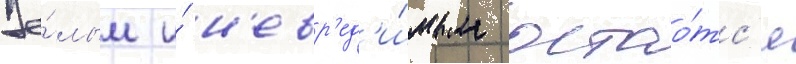
Це́лым и́ н'евр'ед'и́мым остао́тс'я